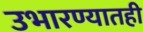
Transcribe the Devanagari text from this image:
उभारण्यातही